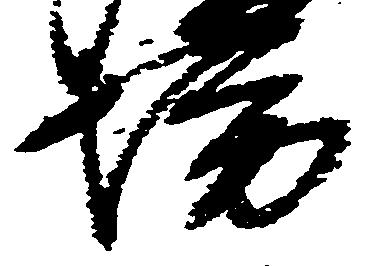
坊